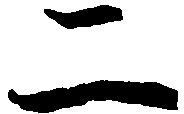
二